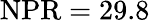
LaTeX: \mathrm{NPR}=29.8